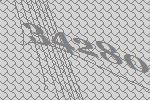
34280